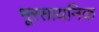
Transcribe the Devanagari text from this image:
भूरसायनिक